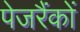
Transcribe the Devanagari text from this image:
पेजरैंकों